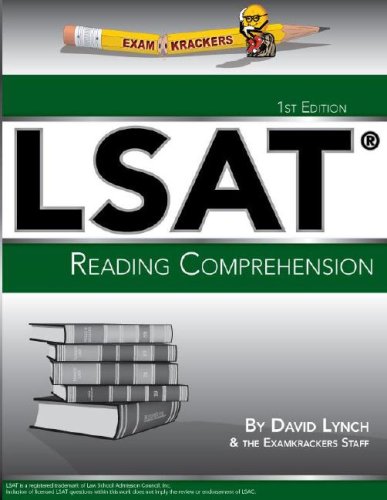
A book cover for Examkrackers LSAT Reading Comprehension; David Lynch; Test Preparation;